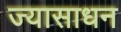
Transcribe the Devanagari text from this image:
ज्यासाधन